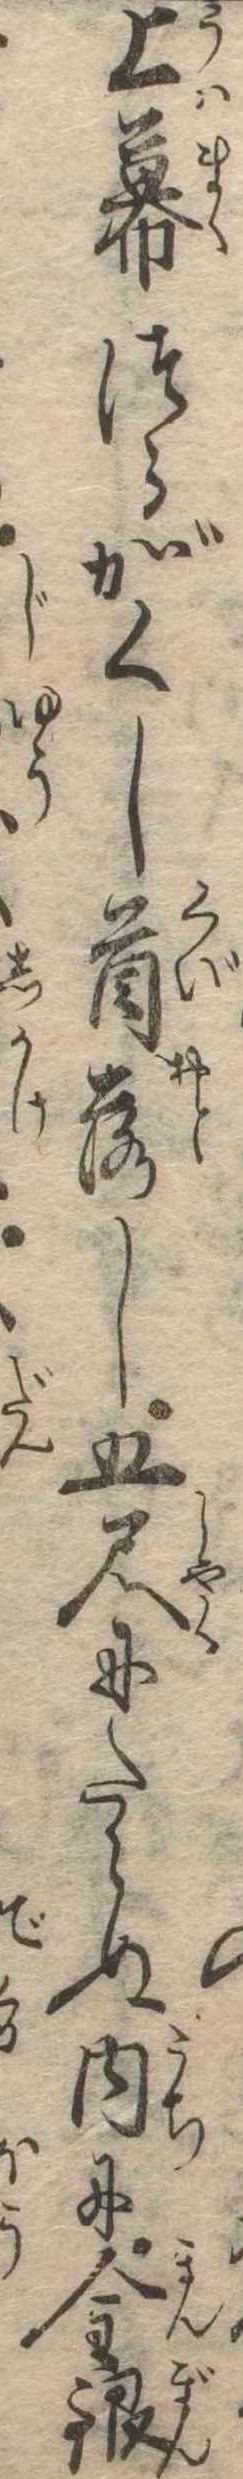
上幕つらがくし首落し五尺にたらぬ内に金銀